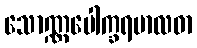
သောဏ္ဏပေါက္ခရမာလဓာ